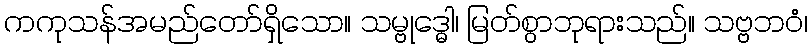
ကကုသန်အမည်တော်ရှိသော။ သမ္ဗုဒ္ဓေါ၊ မြတ်စွာဘုရားသည်။ သဗ္ဗဘဝံ၊